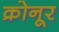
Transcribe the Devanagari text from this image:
क्रोनूर